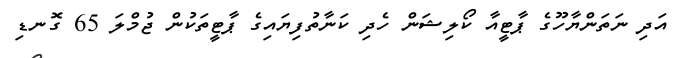
އަދި ނަތަންޔާހޫގެ ޕާޓީއާ ކޯލިޝަން ހެދި ކަނާތުފިޔައިގެ ޕާޓީތަކުން ޖުމްލަ 65 ގޮނޑި